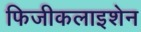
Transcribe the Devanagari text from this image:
फिजीकलाइशेन